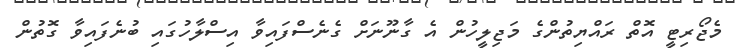
މެޖޯރިޓީ އޮތް ރައްޔިތުންގެ މަޖިލީހުން އެ ގާނޫނަށް ގެނެސްފައިވާ އިސްލާހުގައި ބުނެފައިވާ ގޮތުން